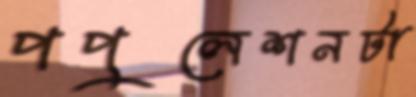
পপুলেশনটা